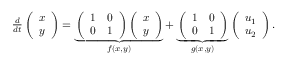
\begin{array} { r } { \frac { d } { d t } \left( \begin{array} { l } { x } \\ { y } \end{array} \right) = \underbrace { \left( \begin{array} { l l } { 1 } & { 0 } \\ { 0 } & { 1 } \end{array} \right) \left( \begin{array} { l } { x } \\ { y } \end{array} \right) } _ { f ( x , y ) } + \underbrace { \left( \begin{array} { l l } { 1 } & { 0 } \\ { 0 } & { 1 } \end{array} \right) } _ { g ( x , y ) } \left( \begin{array} { l } { u _ { 1 } } \\ { u _ { 2 } } \end{array} \right) . } \end{array}